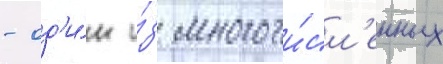
- од'и́н и́з многочи́сл'енных